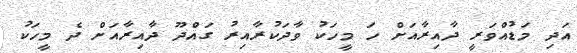
އަދި މަޑުއްވަރީ ދާއިރާއަށް ހަ މީހަކު ވާދަކުރާއިރު ގައްދޫ ދާއިރާއަށް ދެ މީހަކު